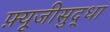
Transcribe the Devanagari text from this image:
फ़्यूजीसुद्धा